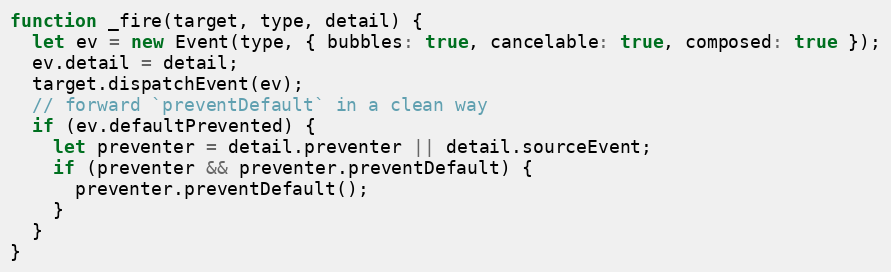
Language: JavaScript
function _fire(target, type, detail) {
  let ev = new Event(type, { bubbles: true, cancelable: true, composed: true });
  ev.detail = detail;
  target.dispatchEvent(ev);
  // forward `preventDefault` in a clean way
  if (ev.defaultPrevented) {
    let preventer = detail.preventer || detail.sourceEvent;
    if (preventer && preventer.preventDefault) {
      preventer.preventDefault();
    }
  }
}